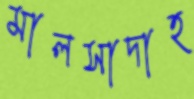
মালসাদাহ